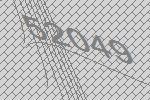
52049